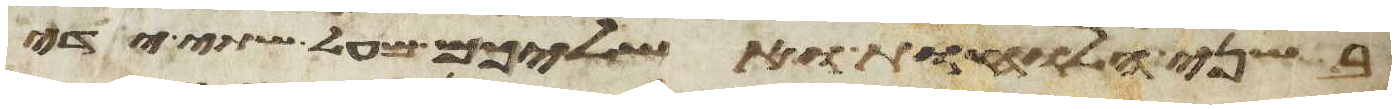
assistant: בשני הלוחות ואשליכם מעל שתי ידי